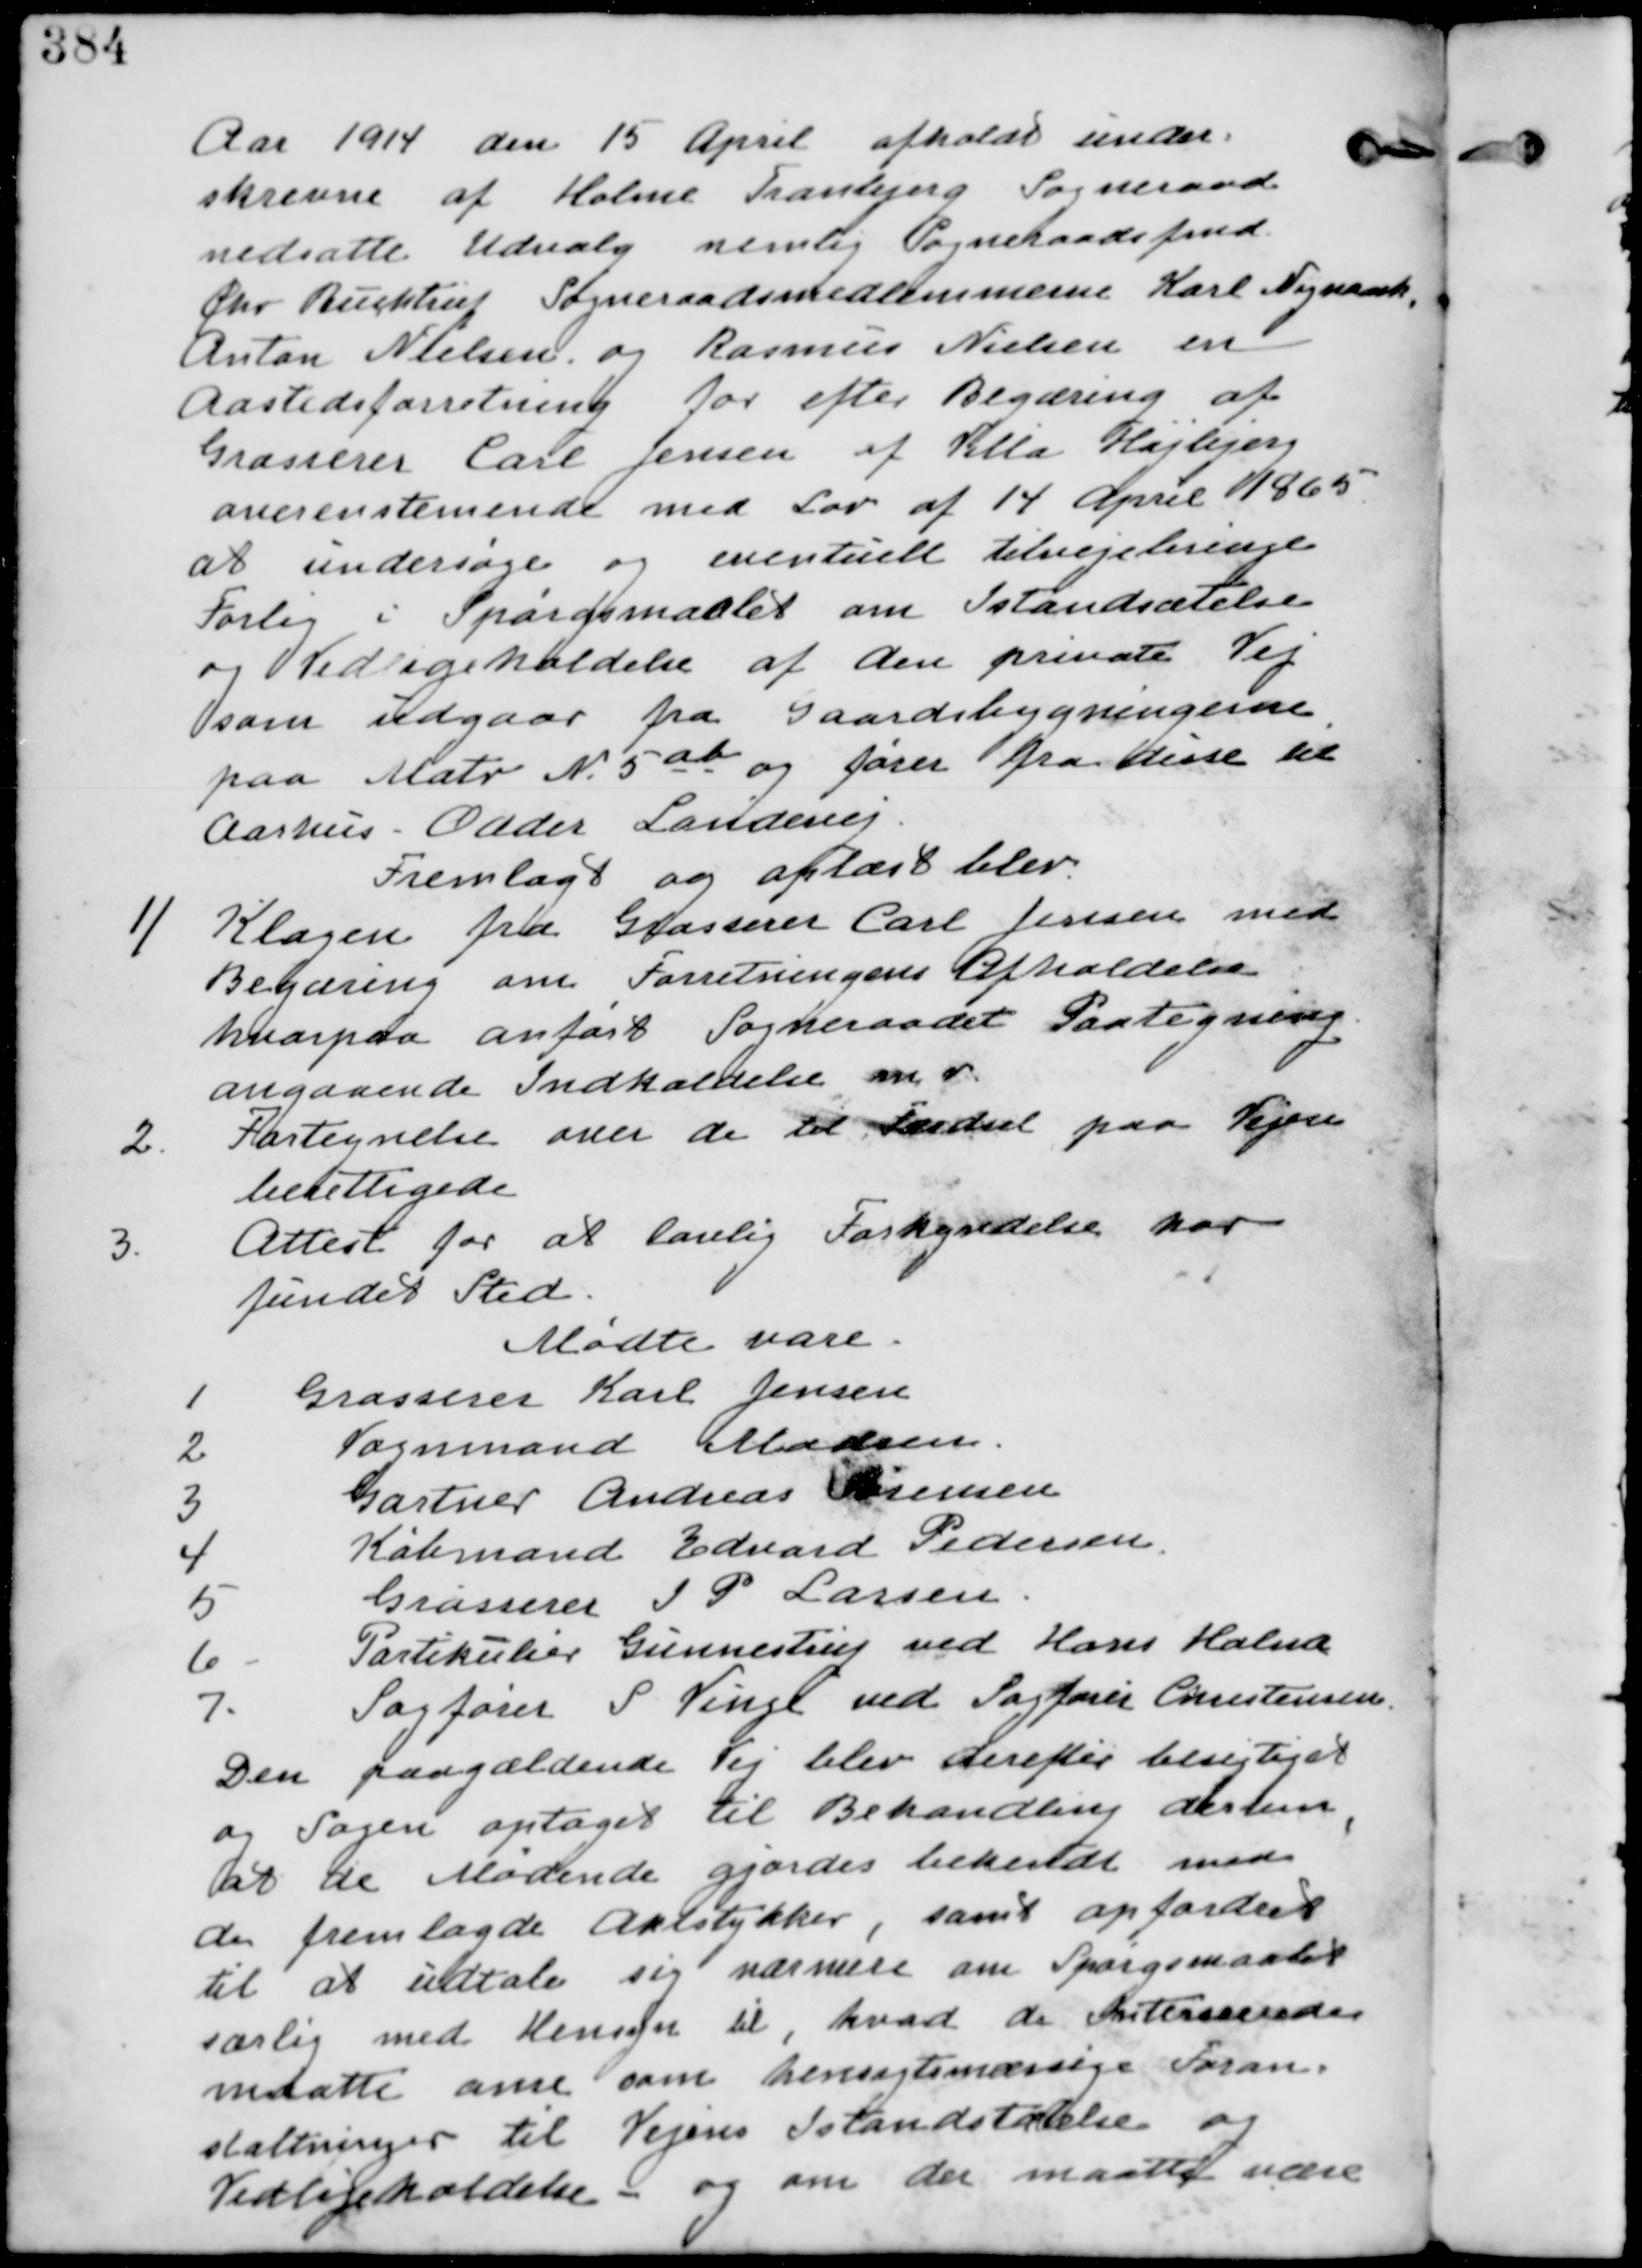
Transskription:
Aar 1914 den 15 April afholdte under
skrevne af Holme Tranbjerg Sogneraad
nedsatte Udvalg nemlig Sogneradsfmd
Chr Buchtrup Sogneraadsmedlemmerne Karl Nymark
Anton Nielsen. og Rasmus Nielsen en
Aastedsforretning for efter Begæring af
Grosserer Carl Jensen af Villa Højbjerg
overensstemmende med Lov af 14 April 1865
at undersøge og eventuelt tilvejebringe
Forlig i Spørgsmaalet om Istandsættelse
og Vedligeholdelse af den private Vej
som udgaar fra Gaardsbygningerne
paa Matr N. 5ab og fører fra disse til
Aarhus Odder Landevej-

Fremlagt og oplæst blev

1/
Klagen fra Grosserer Carl Jensen med
Begæring om Forretningens Afholdelse
hvorpaa anført Sogneraadets Paategning
angaaende Indkaldelse m.v.

2.
Fortegnelse over de til Færdsel paa Vejen
berettigede

3.
Attest for at lovlig Forkyndelse har
fundet sted.
Mødte var
1
Grosserer Karl Jensen
2
Vognmand Madsen
3
Gartner Anders Sørensen
4
Købmand Edvard Pedersen
5
Grosserer I P Larsen
6
Partiklier Gunnestrup ved Hans Holm
7.
Sagfører S Vingl ved Sagfører Christensen
Den paagældende Vej dwerefter besigtiget
og Sagen optaget til Behandling derhen,
at de Mødende gjortes bekendte med
de fremlagte Aktstykker, samt opfordret
til at udtale sig nærmere om Spørgsmaalet
særlig med hensyn til, hvad de Interesserendes
maatte anse som hensynsmæssige Foran-
staltninger til Vejens Istandsættelse og
Vedligeholdelse - og om der maatte være